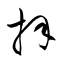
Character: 拝